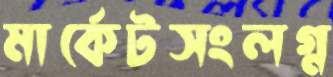
মার্কেটসংলগ্ন